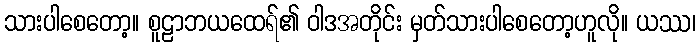
သားပါစေတော့။ စူဠာဘယထေရ်၏ ဝါဒအတိုင်း မှတ်သားပါစေတော့ဟူလို။ ယဿ၊